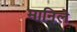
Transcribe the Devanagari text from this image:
मानिले